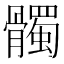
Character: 髑